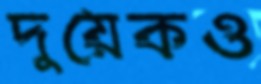
দুয়েকও